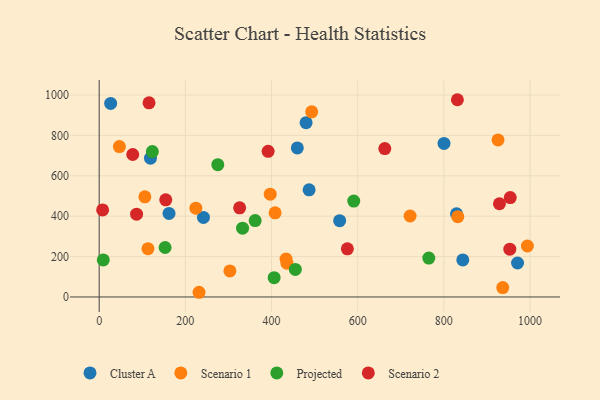
{"axis": {"x": "Engine Size", "y": "Sales"}, "legend": ["Cluster A", "Projected", "Scenario 1", "Scenario 2"], "data": [{"x": "558.1", "y": 377.6, "type": "Cluster A"}, {"x": "242.0", "y": 393.8, "type": "Cluster A"}, {"x": "829.4", "y": 411.5, "type": "Cluster A"}, {"x": "119.1", "y": 687.0, "type": "Cluster A"}, {"x": "162.1", "y": 413.5, "type": "Cluster A"}, {"x": "480.2", "y": 863.0, "type": "Cluster A"}, {"x": "26.6", "y": 958.2, "type": "Cluster A"}, {"x": "487.2", "y": 530.5, "type": "Cluster A"}, {"x": "800.3", "y": 760.4, "type": "Cluster A"}, {"x": "843.9", "y": 183.5, "type": "Cluster A"}, {"x": "459.9", "y": 738.0, "type": "Cluster A"}, {"x": "971.0", "y": 168.3, "type": "Cluster A"}, {"x": "113.2", "y": 239.2, "type": "Scenario 1"}, {"x": "46.9", "y": 744.5, "type": "Scenario 1"}, {"x": "408.3", "y": 416.6, "type": "Scenario 1"}, {"x": "303.4", "y": 129.1, "type": "Scenario 1"}, {"x": "936.6", "y": 46.7, "type": "Scenario 1"}, {"x": "433.7", "y": 187.8, "type": "Scenario 1"}, {"x": "993.8", "y": 252.4, "type": "Scenario 1"}, {"x": "925.7", "y": 777.5, "type": "Scenario 1"}, {"x": "231.8", "y": 23.3, "type": "Scenario 1"}, {"x": "224.4", "y": 439.5, "type": "Scenario 1"}, {"x": "435.8", "y": 167.5, "type": "Scenario 1"}, {"x": "397.0", "y": 509.2, "type": "Scenario 1"}, {"x": "493.2", "y": 916.6, "type": "Scenario 1"}, {"x": "721.6", "y": 401.0, "type": "Scenario 1"}, {"x": "832.3", "y": 397.6, "type": "Scenario 1"}, {"x": "106.0", "y": 495.7, "type": "Scenario 1"}, {"x": "9.5", "y": 183.5, "type": "Projected"}, {"x": "153.0", "y": 245.1, "type": "Projected"}, {"x": "275.3", "y": 655.0, "type": "Projected"}, {"x": "765.0", "y": 192.5, "type": "Projected"}, {"x": "455.3", "y": 136.3, "type": "Projected"}, {"x": "362.0", "y": 378.3, "type": "Projected"}, {"x": "406.1", "y": 95.5, "type": "Projected"}, {"x": "123.4", "y": 719.9, "type": "Projected"}, {"x": "590.8", "y": 474.9, "type": "Projected"}, {"x": "332.8", "y": 340.9, "type": "Projected"}, {"x": "154.5", "y": 480.9, "type": "Scenario 2"}, {"x": "8.0", "y": 431.0, "type": "Scenario 2"}, {"x": "662.9", "y": 734.8, "type": "Scenario 2"}, {"x": "953.0", "y": 236.6, "type": "Scenario 2"}, {"x": "86.8", "y": 409.8, "type": "Scenario 2"}, {"x": "954.0", "y": 492.1, "type": "Scenario 2"}, {"x": "77.9", "y": 705.5, "type": "Scenario 2"}, {"x": "326.0", "y": 441.6, "type": "Scenario 2"}, {"x": "115.7", "y": 961.4, "type": "Scenario 2"}, {"x": "576.0", "y": 238.2, "type": "Scenario 2"}, {"x": "392.1", "y": 721.1, "type": "Scenario 2"}, {"x": "929.0", "y": 461.6, "type": "Scenario 2"}, {"x": "831.4", "y": 976.6, "type": "Scenario 2"}]}